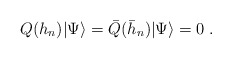
\begin{align*}Q(h_{n})|\Psi\rangle=\bar{Q}(\bar{h}_{n})|\Psi\rangle=0\;.\end{align*}